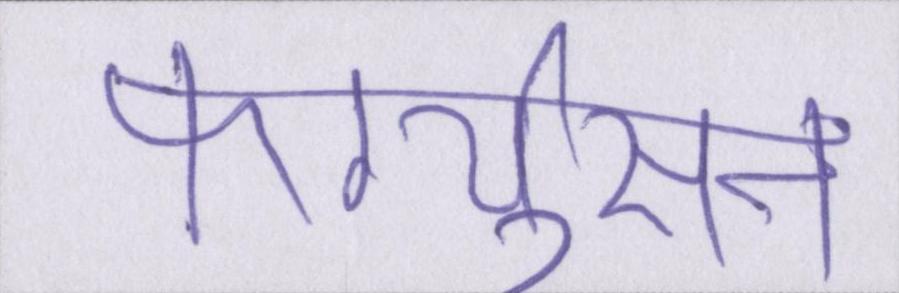
फर्ग्युसन